Annual administration report of the Civil Veterinary Department of India - 1898-1899
Year: 1898
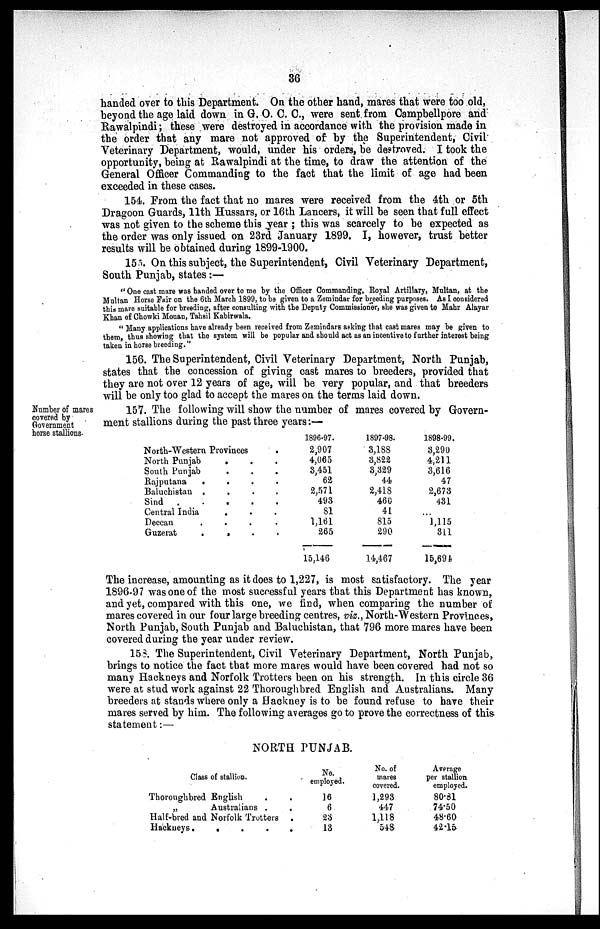
36
handed over to this Department. On the other hand, mares that were too old,
beyond the age laid down in G. O. C. C., were sent from Campbellpore and
Rawalpindi; these were destroyed in accordance with the provision made in
the order that any mare not approved of by the Superintendent, Civil
Veterinary Department, would, under his orders, be destroyed. I took the
opportunity, being at Rawalpindi at the time, to draw the attention of the
General Officer Commanding to the fact that the limit of age had been
exceeded in these cases.
154. From the fact that no mares were received from the 4th or 5th
Dragoon Guards, 11th Hussars, or 16th Lancers, it will be seen that full effect
was not given to the scheme this year; this was scarcely to be expected as
the order was only issued on 23rd January 1899. I, however, trust better
results will be obtained during 1899-1900.
155. On this subject, the Superintendent, Civil Veterinary Department,
South Punjab, states:—
"One cast mare was handed over to me by the Officer Commanding, Royal Artillary, Multan, at the
Multan Horse Fair on the 6th March 1899, to be given to a Zemindar for breeding purposes. As I considered
this mare suitable for breeding, after consulting with the Deputy Commissioner, she was given to Mahr Alayar
Khan of Chowki Mouan, Tahsil Kabirwala.
"Many applications have already been received from Zemindars asking that cast mares may be given to
them, thus showing that the system will be popular and should act as an incentive to further interest being
taken in horse breeding."
156. The Superintendent, Civil Veterinary Department, North Punjab,
states that the concession of giving cast mares to breeders, provided that
they are not over 12 years of age, will be very popular, and that breeders
will be only too glad to accept the mares on the terms laid down.
Number of mares
covered by
Government
horse stallions.
157. The following will show the number of mares covered by Govern
ment stallions during the past three years:—
North-Western Provinces.
North Punjab . . .
South Punjab . . .
Rajputana . . . .
Baluchistan . . . .
Sind
. . . . .
Central India . . .
Deccan . . . .
Guzerat . . . .
1896-97.
2,907
4,065
3,451
62
2,571
493
81
1,161
265
15,146
1897-98.
3,188
3,822
3,329
44
2,418
460
41
815
290
14,467
1898-99.
3,290
4,211
3,616
47
2,673
431
...
1,115
311
15,694
The increase, amounting as it does to 1,227, is most satisfactory. The year
1896-97 was one of the most successful years that this Department has known,
and yet, compared with this one, we find, when comparing the number of
mares covered in our four large breeding centres, viz., North-Western Provinces,
North Punjab, South Punjab and Baluchistan, that 796 more mares have been
covered during the year under review.
158. The Superintendent, Civil Veterinary Department, North Punjab,
brings to notice the fact that more mares would have been covered had not so
many Hackneys and Norfolk Trotters been on his strength. In this circle 36
were at stud work against 22 Thoroughbred English and Australians. Many
breeders at stands where only a Hackney is to be found refuse to have their
mares served by him. The following averages go to prove the correctness of this
statement:—
NORTH PUNJAB.
Class of stallion.
Thoroughbred English . .
„
Australians . .
Half-bred and Norfolk Trotters .
Hackneys . . . . .
No.
employed.
16
6
23
13
No. of
mares
covered.
1,293
447
1,118
548
Average
per stallion
employed.
80.81
74.50
48.60
42.15